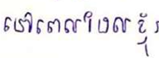
នៅពេលដែលខ្ញុំ